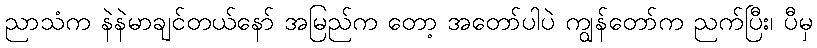
ညာသံက နဲနဲမာချင်တယ်နော် အမြည်က တော့ အတော်ပါပဲ ကျွန်တော်က ညက်ပြီး၊ ပီမှ